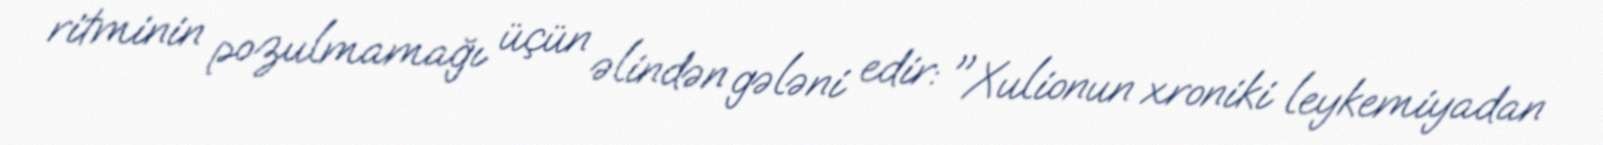
ritminin pozulmamağı üçün əlindən gələni edir: "Xulionun xroniki leykemiyadan